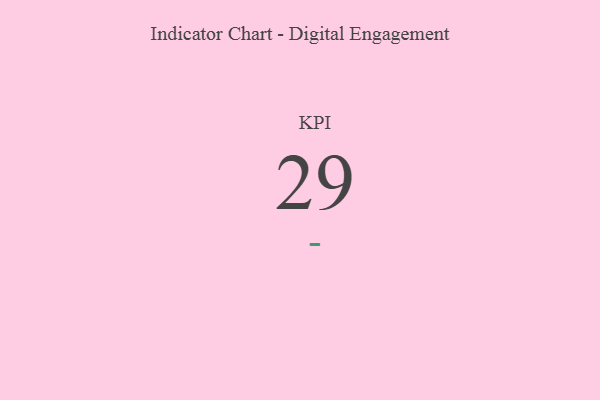
{"axis": {"x": "KPI", "y": "Value"}, "legend": [""], "data": [{"x": "KPI", "y": 29, "type": ""}]}